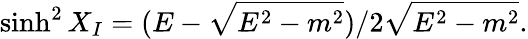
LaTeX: \sinh^{2}X_{I}=(E-\sqrt{E^{2}-m^{2}})/2\sqrt{E^{2}-m^{2}}.